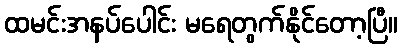
ထမင်းအနပ်ပေါင်း မရေတွက်နိုင်တော့ပြီ။